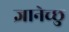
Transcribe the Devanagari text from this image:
ज्ञानेच्छु